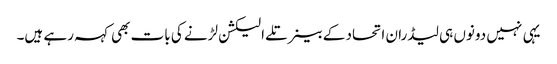
یہی نہیں دونوں ہی لیڈران اتحاد کے بینر تلے الیکشن لڑنے کی بات بھی کہہ رہے ہیں۔